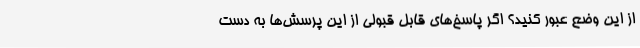
از این وضع عبور کنید؟ اگر پاسخ‌های قابل قبولی از این پرسش‌ها به دست